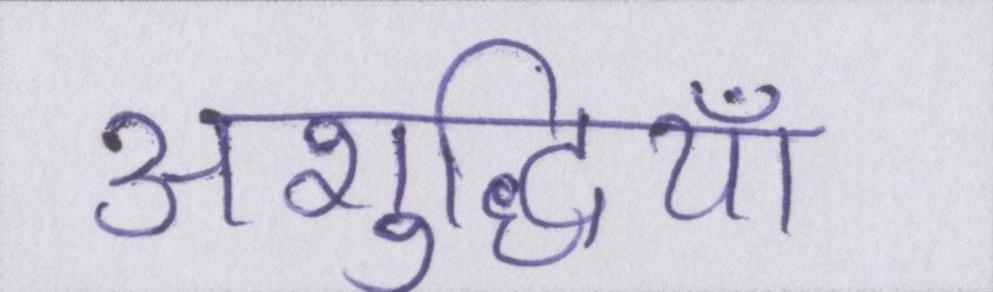
अशुद्धियाँ